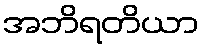
အဘိရတိယာ